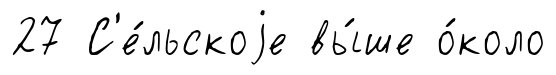
27 С'е́льскоjе вы́ше о́коло